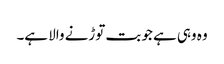
وہ وہی ہے جو بت توڑنے والا ہے۔